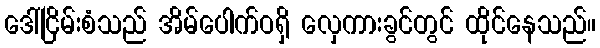
ဒေါ်ငြိမ်းစံသည် အိမ်ပေါက်ဝရှိ လှေကားခွင်တွင် ထိုင်နေသည်။